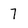
Character: 7